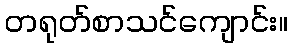
တရုတ်စာသင်ကျောင်း။